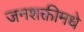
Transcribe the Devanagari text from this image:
जनशक्तीमधे